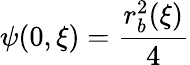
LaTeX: \psi(0,\xi)=\frac{r_{b}^{2}(\xi)}{4}